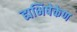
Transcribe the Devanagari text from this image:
ह्यभिषेकेण